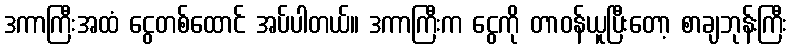
ဒကာကြီးအထံ ငွေတစ်ထောင် အပ်ပါတယ်။ ဒကာကြီးက ငွေကို တာဝန်ယူပြီးတော့ စာချဘုန်းကြီး